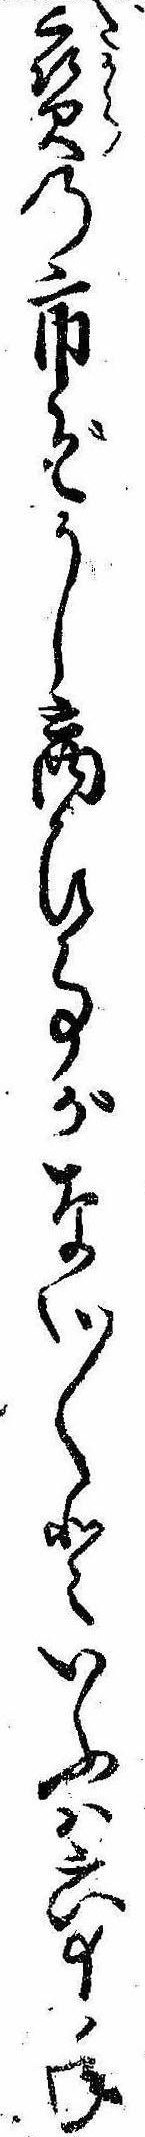
宝の市ぞかし商ひ事がない〱といふは六十年